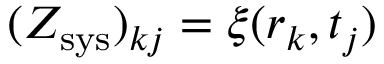
( Z _ { \mathrm { s y s } } ) _ { k j } = \xi ( r _ { k } , t _ { j } )